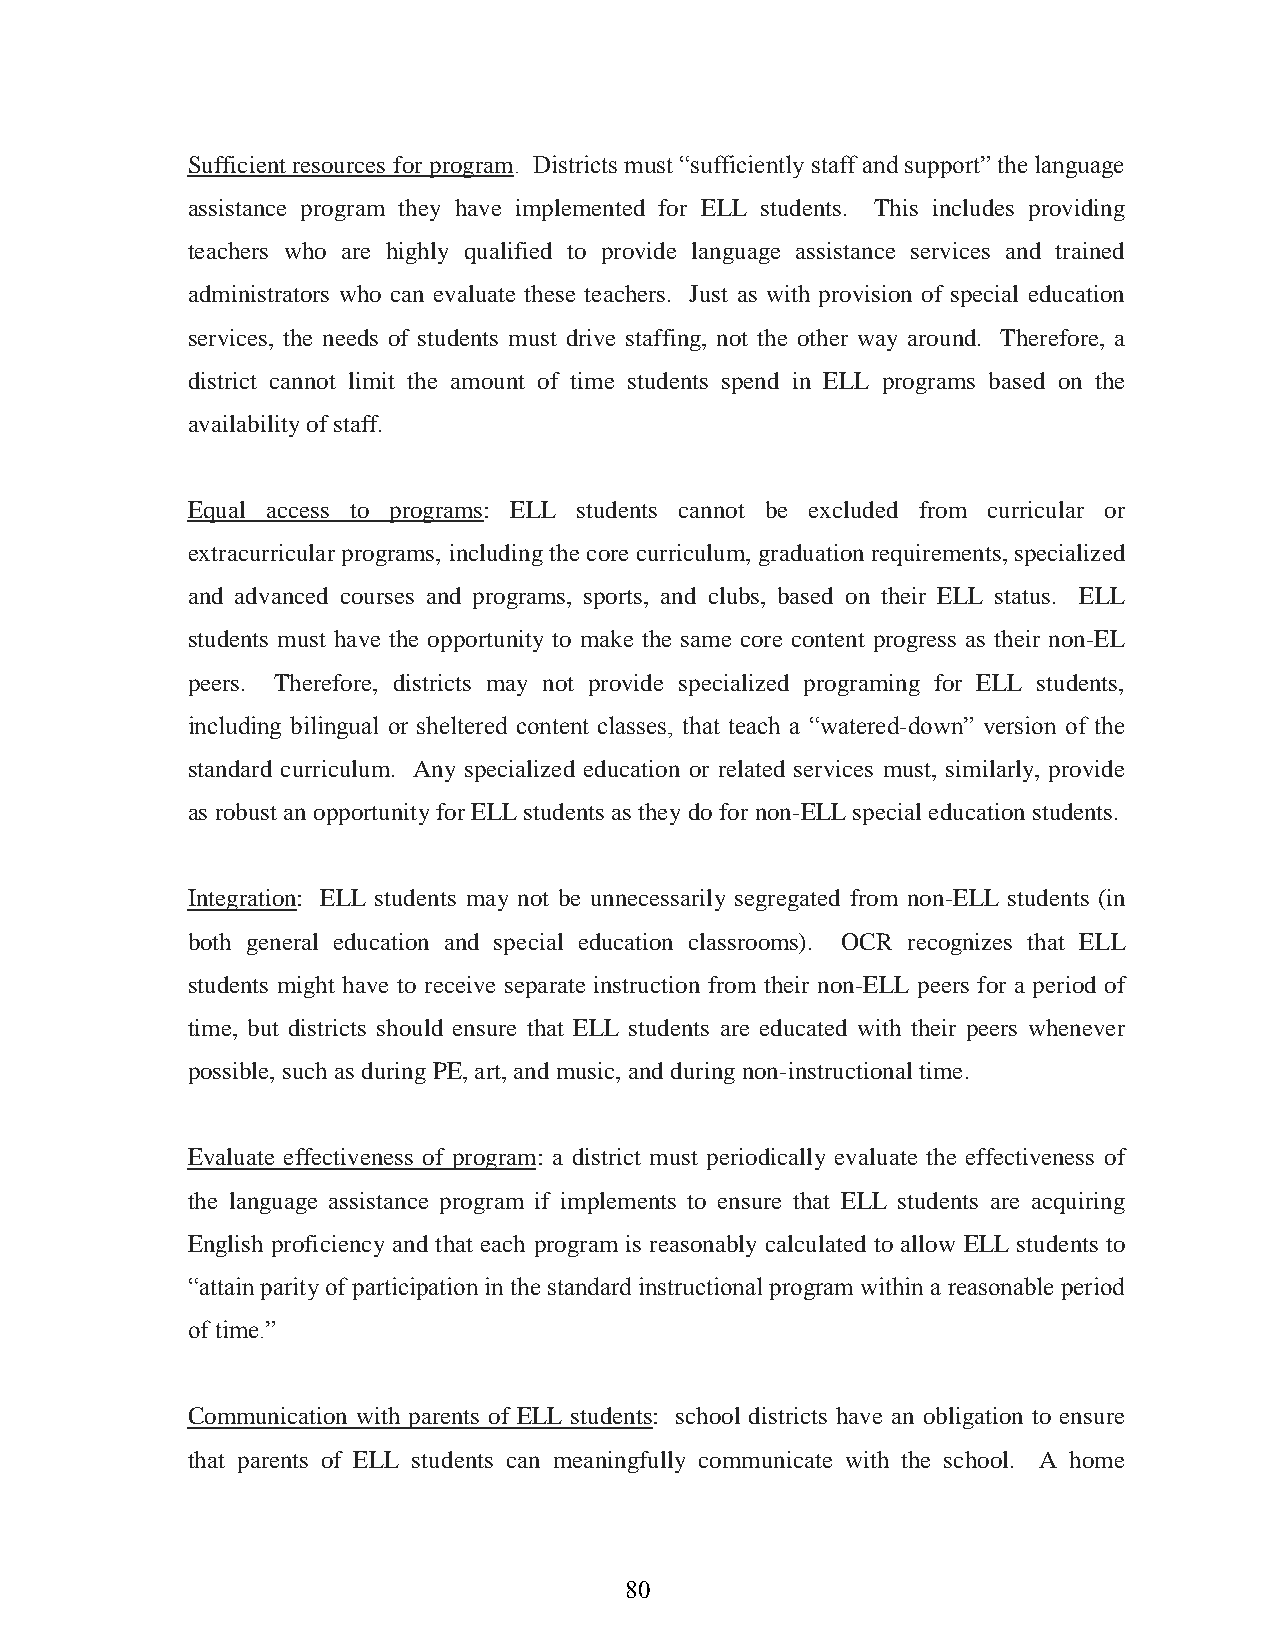
Sufficient resources for program. Districts must “sufficiently staff and support” the language
 assistance program they have implemented for ELL students. This includes providing
 teachers who are highly qualified to provide language assistance services and trained
 administrators who can evaluate these teachers. Just as with provision of special education
 services, the needs of students must drive staffing, not the other way around. Therefore, a
 district cannot limit the amount of time students spend in ELL programs based on the
 availability of staff.
 Equal access to programs: ELL students cannot be excluded from curricular or
 extracurricular programs, including the core curriculum, graduation requirements, specialized
 and advanced courses and programs, sports, and clubs, based on their ELL status. ELL
 students must have the opportunity to make the same core content progress as their non-EL
 peers. Therefore, districts may not provide specialized programing for ELL students,
 including bilingual or sheltered content classes, that teach a “watered-down” version of the
 standard curriculum. Any specialized education or related services must, similarly, provide
 as robust an opportunity for ELL students as they do for non-ELL special education students.
 Integration: ELL students may not be unnecessarily segregated from non-ELL students (in
 both general education and special education classrooms). OCR recognizes that ELL
 students might have to receive separate instruction from their non-ELL peers for a period of
 time, but districts should ensure that ELL students are educated with their peers whenever
 possible, such as during PE, art, and music, and during non-instructional time.
 Evaluate effectiveness of program: a district must periodically evaluate the effectiveness of
 the language assistance program if implements to ensure that ELL students are acquiring
 English proficiency and that each program is reasonably calculated to allow ELL students to
 “attain parity of participation in the standard instructional program within a reasonable period
 of time.”
 Communication with parents of ELL students: school districts have an obligation to ensure
 that parents of ELL students can meaningfully communicate with the school. A home
 80